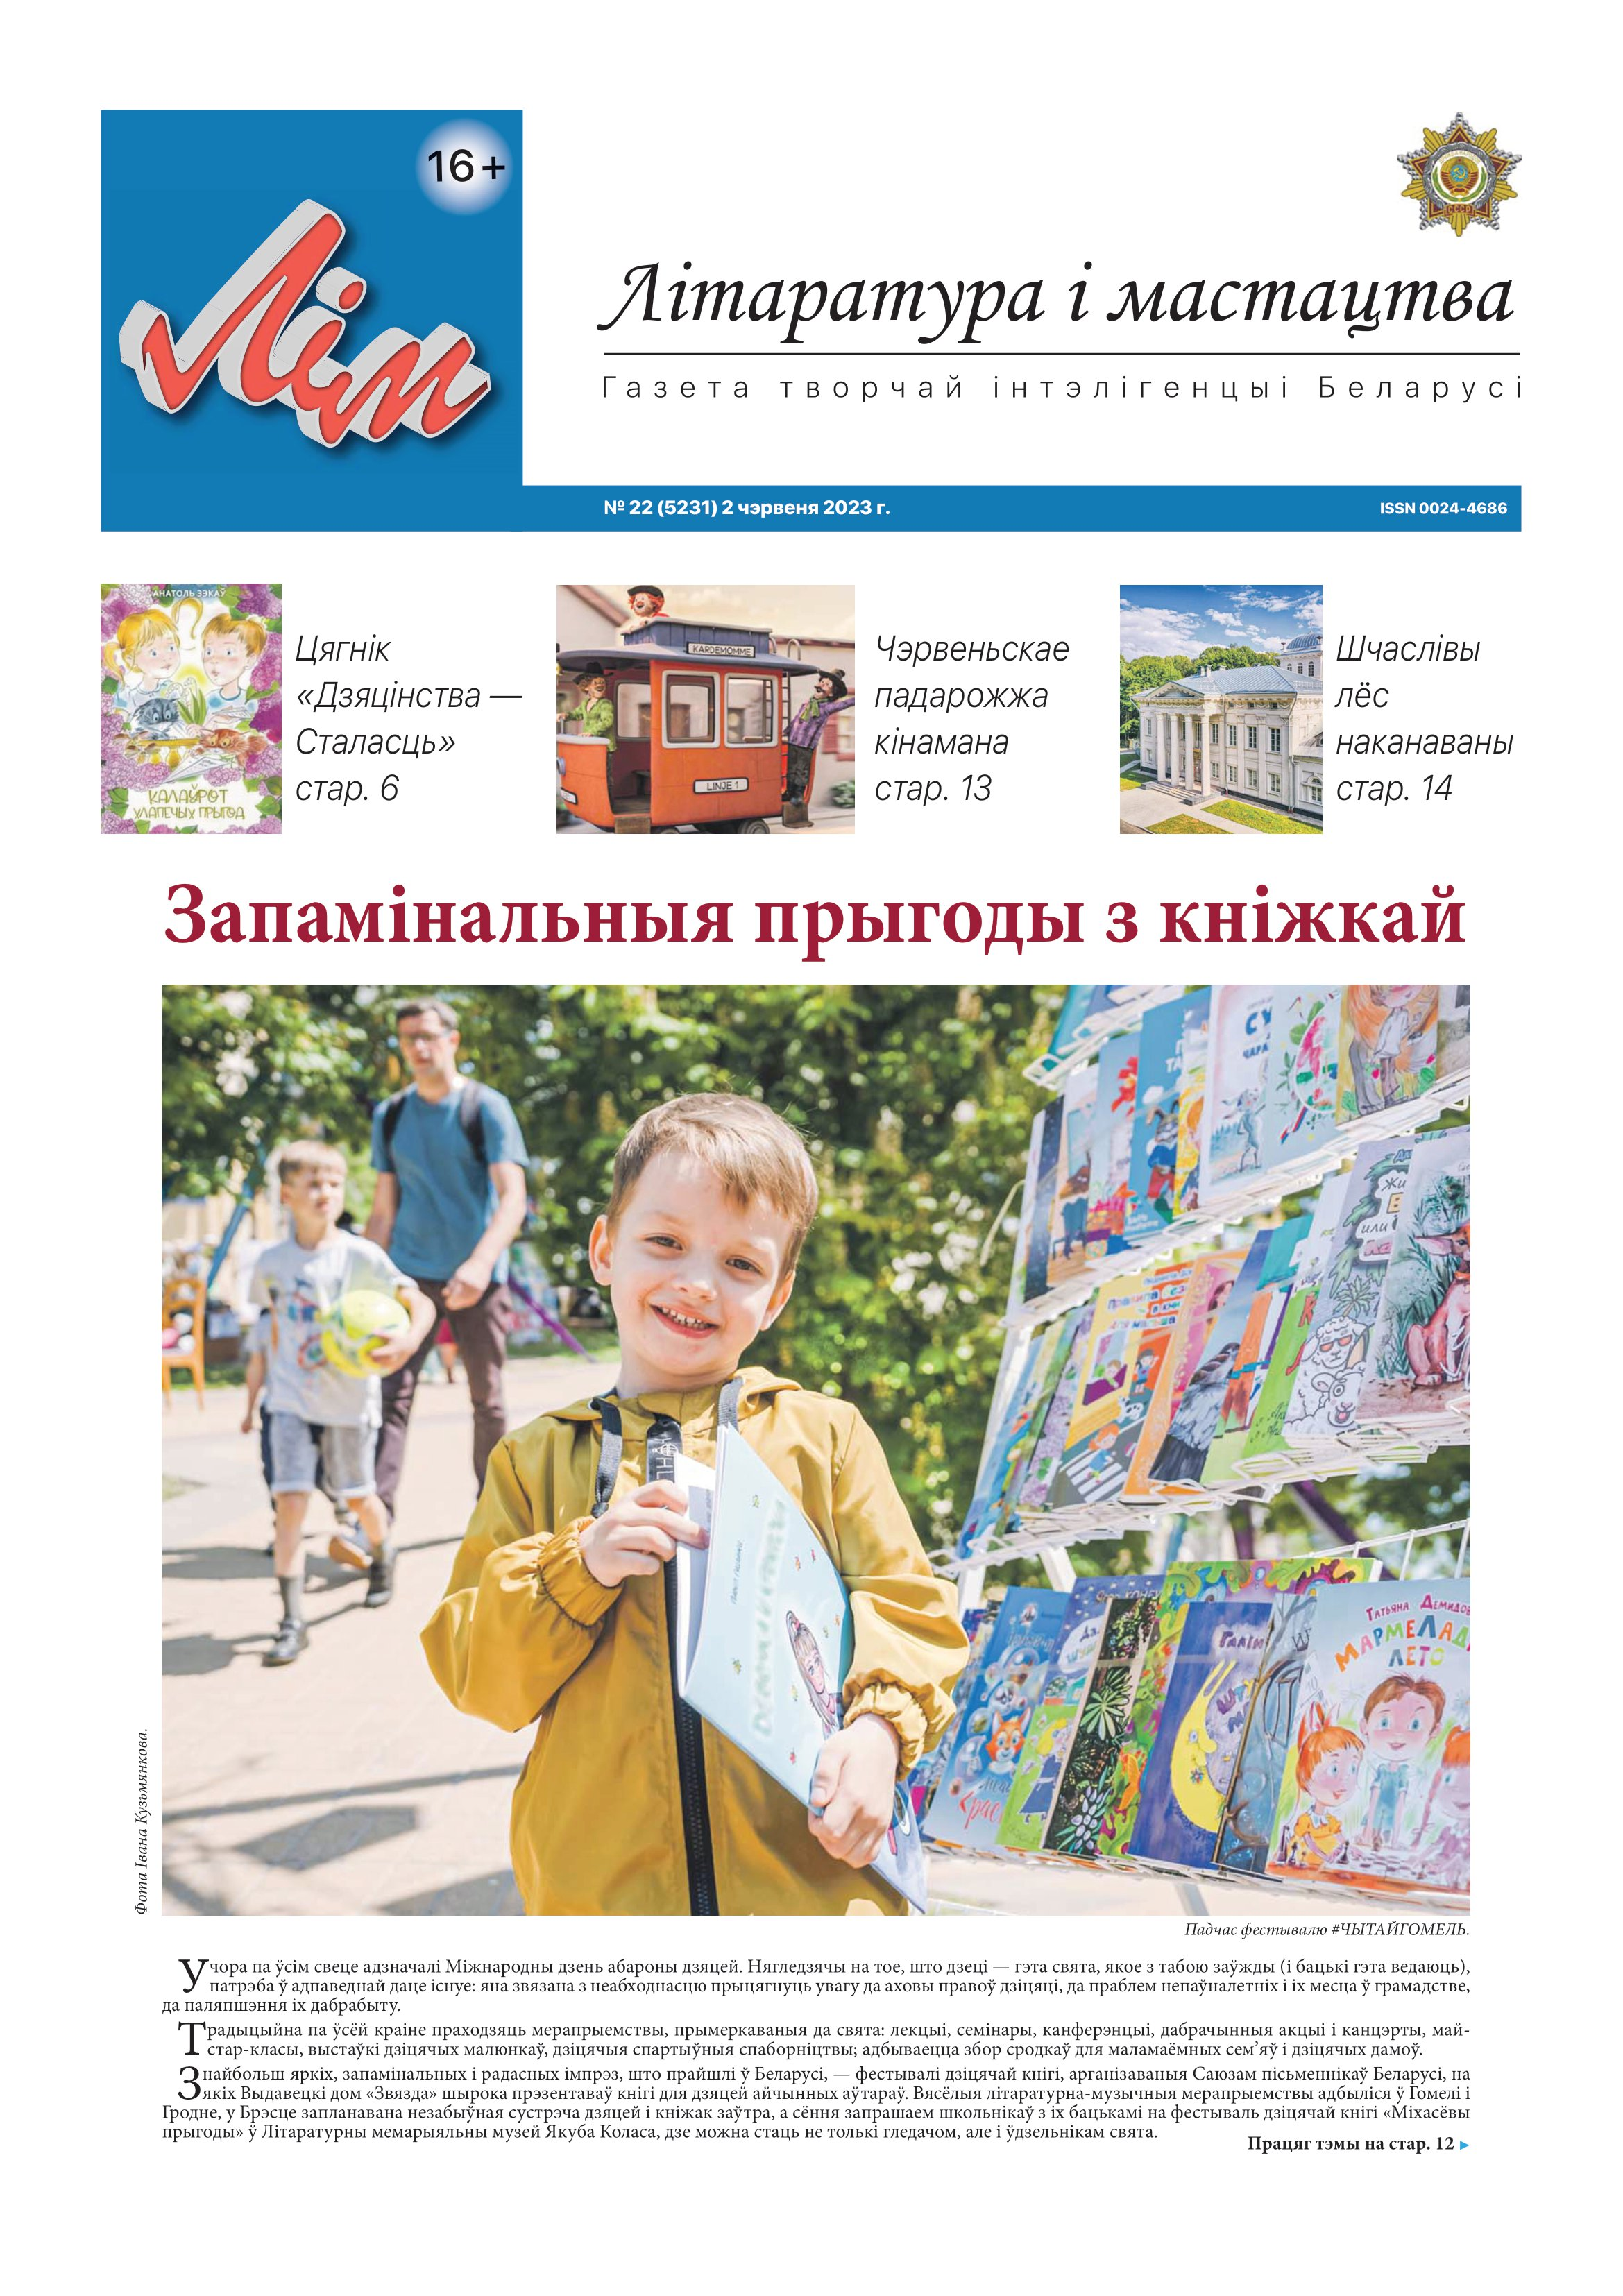
Language: be